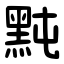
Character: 黗